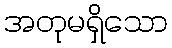
အတုမရှိသော